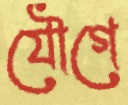
যৌগে